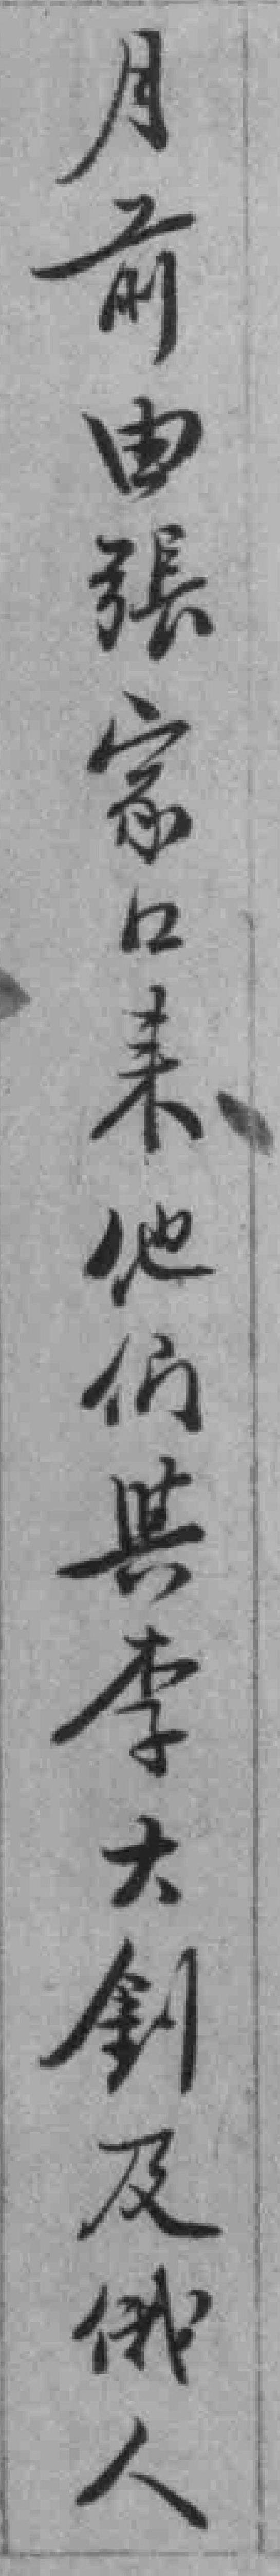
月前由張家口来他们與李大釗及俄人